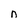
Character: n